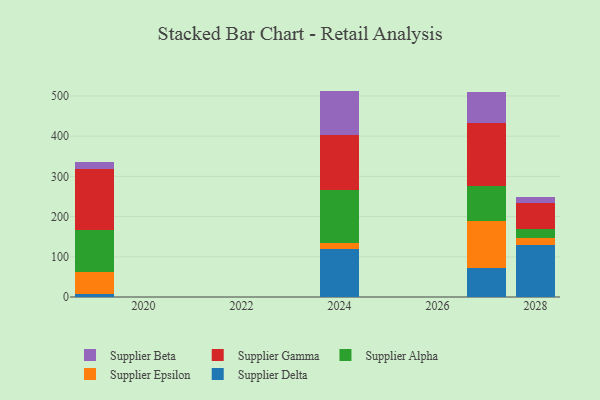
{"axis": {"x": "Year", "y": "Customer Acquisition Cost (USD)"}, "legend": ["Supplier Alpha", "Supplier Beta", "Supplier Delta", "Supplier Epsilon", "Supplier Gamma"], "data": [{"x": "2028", "y": 129.2, "type": "Supplier Delta"}, {"x": "2028", "y": 17.0, "type": "Supplier Epsilon"}, {"x": "2028", "y": 22.4, "type": "Supplier Alpha"}, {"x": "2028", "y": 64.2, "type": "Supplier Gamma"}, {"x": "2028", "y": 14.7, "type": "Supplier Beta"}, {"x": "2027", "y": 71.0, "type": "Supplier Delta"}, {"x": "2027", "y": 119.0, "type": "Supplier Epsilon"}, {"x": "2027", "y": 85.3, "type": "Supplier Alpha"}, {"x": "2027", "y": 156.3, "type": "Supplier Gamma"}, {"x": "2027", "y": 78.4, "type": "Supplier Beta"}, {"x": "2019", "y": 8.7, "type": "Supplier Delta"}, {"x": "2019", "y": 54.3, "type": "Supplier Epsilon"}, {"x": "2019", "y": 102.5, "type": "Supplier Alpha"}, {"x": "2019", "y": 152.5, "type": "Supplier Gamma"}, {"x": "2019", "y": 17.9, "type": "Supplier Beta"}, {"x": "2024", "y": 118.8, "type": "Supplier Delta"}, {"x": "2024", "y": 16.4, "type": "Supplier Epsilon"}, {"x": "2024", "y": 131.0, "type": "Supplier Alpha"}, {"x": "2024", "y": 137.2, "type": "Supplier Gamma"}, {"x": "2024", "y": 109.3, "type": "Supplier Beta"}]}